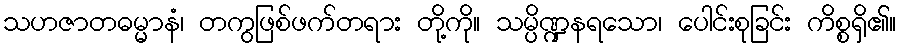
သဟဇာတဓမ္မာနံ၊ တကွဖြစ်ဖက်တရား တို့ကို။ သမ္ပိဏ္ဍနရသော၊ ပေါင်းစုခြင်း ကိစ္စရှိ၏။